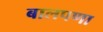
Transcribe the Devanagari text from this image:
बालपणा